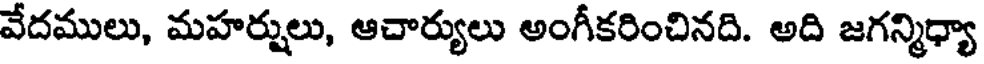
వేదములు, మహర్షులు, ఆచార్యులు అంగీకరించినది. అది జగన్మిధ్యా